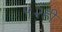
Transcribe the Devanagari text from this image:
५२ही